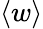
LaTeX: \left<w\right>